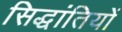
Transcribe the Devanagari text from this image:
सिद्धांतियों